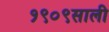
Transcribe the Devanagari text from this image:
१९०९साली